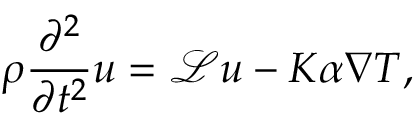
\rho \frac { \partial ^ { 2 } } { \partial t ^ { 2 } } \boldsymbol { u } = \mathcal { L } \boldsymbol { u } - K \alpha \nabla T ,